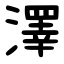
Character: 澤